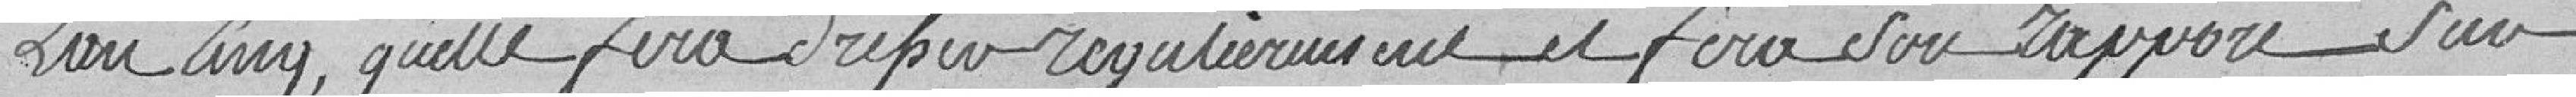
L'an cinq, qu'elle fera dresser régulièrement et fera son rapport sur